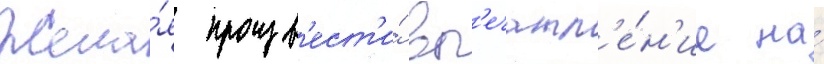
Жела́я произв'ест'и́ вп'ечатл'е́н'ие на́